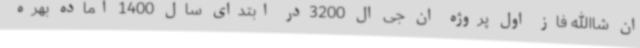
ان شاالله فاز اول پروژه ان جی ال 3200در ابتدای سال 1400 آماده بهره